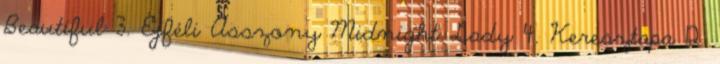
Beautiful 3. Éjféli Asszony Midnight Lady 4. Keresztapa 12.